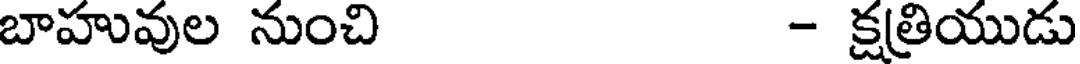
బాహువుల నుంచి - క్షత్రియుడు